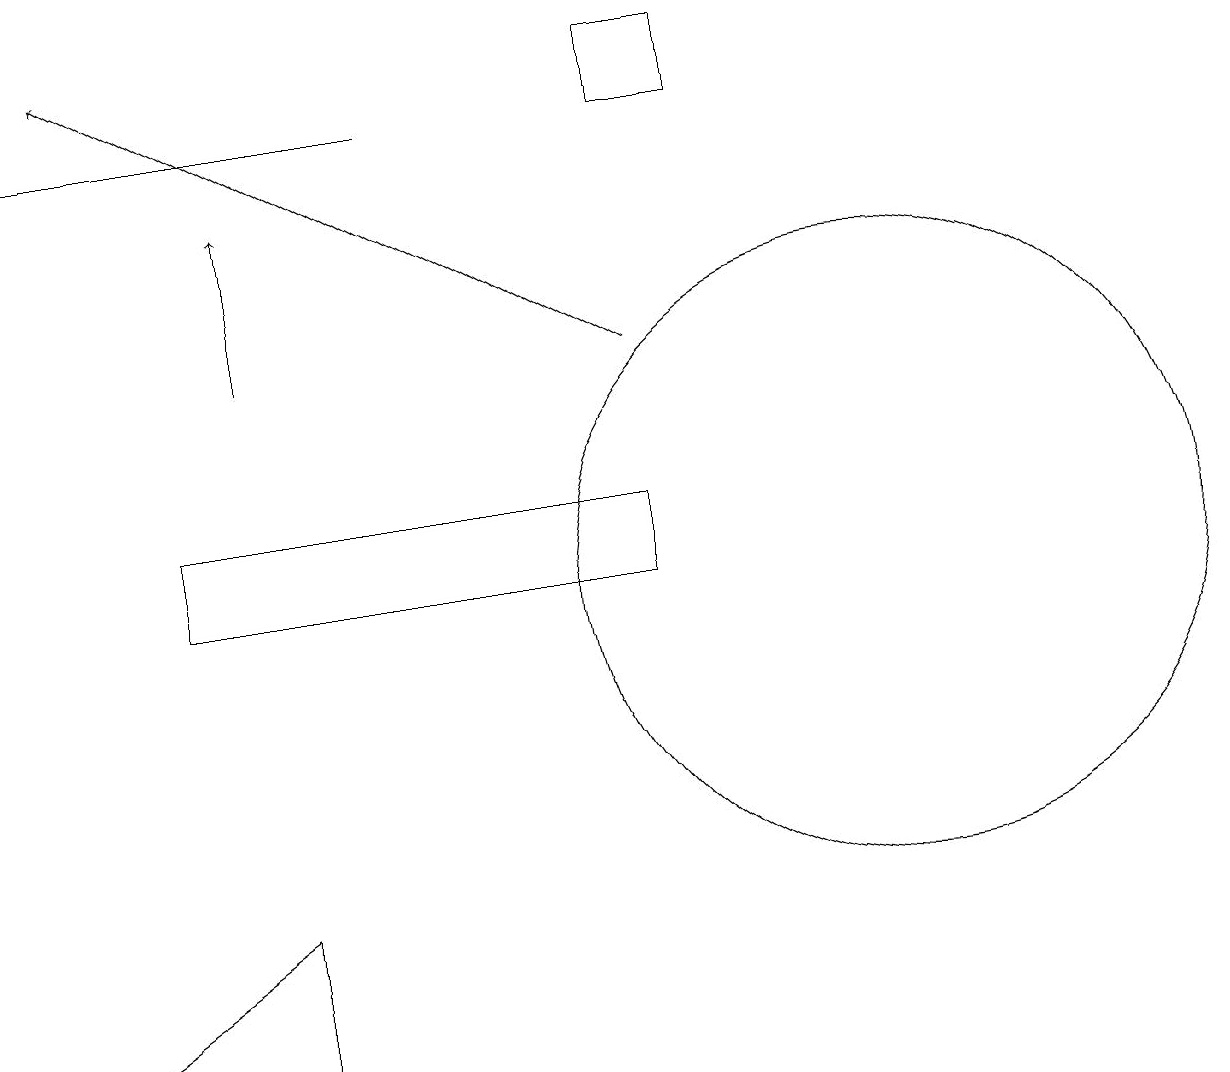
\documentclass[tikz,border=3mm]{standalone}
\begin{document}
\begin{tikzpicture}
\draw (11,10) circle (0);
\draw (9,18) rectangle (8,17);
\draw[->] (8,14) -- (1,18);
\draw (11,11) circle (4);
\draw (3,5) -- (3,7) -- (0,5) -- cycle;
\draw (0,17) rectangle (5,17);
\draw (2,11) rectangle (8,12);
\draw[->] (3,14) -- (3,16);
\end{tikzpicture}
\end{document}